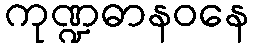
ကုဏ္ဍဓာနဝနေ